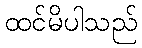
ထင်မိပါသည်